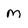
Character: M